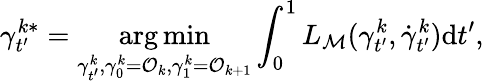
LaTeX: \gamma_{t^{\prime}}^{k*}=\underset{\gamma_{t^{\prime}}^{k},\gamma_{0}^{k}=\mathcal{O}_{k},\gamma_{1}^{k}=\mathcal{O}_{k+1}}{\arg\operatorname*{min}}\int_{0}^{1}L_{{\mathcal{M}}}(\gamma_{t^{\prime}}^{k},\dot{\gamma}_{t^{\prime}}^{k})\mathrm{d}t^{\prime},